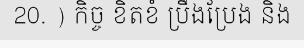
20. ) កិច្ច ខិតខំ ប្រឹងប្រែង និង